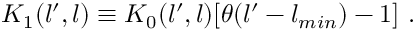
K _ { 1 } ( l ^ { \prime } , l ) \equiv K _ { 0 } ( l ^ { \prime } , l ) [ \theta ( l ^ { \prime } - l _ { m i n } ) - 1 ] \ .